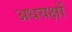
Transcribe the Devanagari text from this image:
अधयक्षों